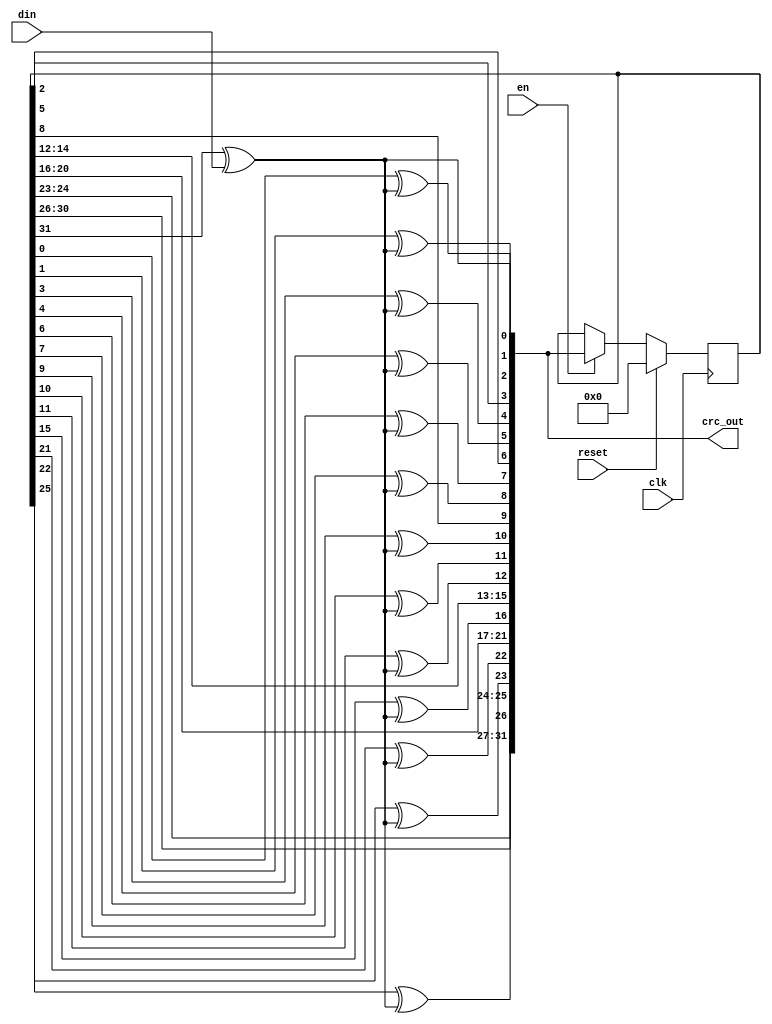
// CRC sum
//
// 0x04C11DB7  
// X^32 + X^26 + X^23 + X^22 + X16 + X^12 + X^11 + X^10 + X^8 + X^7 + X^5 + X^4 + X^2 + X + 1
//100000100110000010001110110110111

module crc_by_1bit(
  input clk,
  input reset,
  input en,
  input din,
  output [31:0] crc_out
);

reg [31:0] crc,next;
wire d;

assign crc_out = next;

always @(posedge clk) begin
    if (reset) begin
        crc <= 32'h0;
    end else begin
        crc <= en ? next : crc;
    end
end

assign d = crc[31] ^ din;
always @(*) begin
    next[ 0] <= d          ;
    next[ 1] <= crc[ 0] ^ d;
    next[ 2] <= crc[ 1] ^ d;
    next[ 3] <= crc[ 2]    ;
    next[ 4] <= crc[ 3] ^ d;
    next[ 5] <= crc[ 4] ^ d;
    next[ 6] <= crc[ 5]    ;
    next[ 7] <= crc[ 6] ^ d;
    next[ 8] <= crc[ 7] ^ d;
    next[ 9] <= crc[ 8]    ;
    next[10] <= crc[ 9] ^ d;
    next[11] <= crc[10] ^ d;
    next[12] <= crc[11] ^ d;
    next[13] <= crc[12]    ;
    next[14] <= crc[13]    ;
    next[15] <= crc[14]    ;
    next[16] <= crc[15] ^ d;
    next[17] <= crc[16]    ;
    next[18] <= crc[17]    ;
    next[19] <= crc[18]    ;
    next[20] <= crc[19]    ;
    next[21] <= crc[20]    ;
    next[22] <= crc[21] ^ d;
    next[23] <= crc[22] ^ d;
    next[24] <= crc[23]    ;
    next[25] <= crc[24]    ;
    next[26] <= crc[25] ^ d;
    next[27] <= crc[26]    ;
    next[28] <= crc[27]    ;
    next[29] <= crc[28]    ;
    next[30] <= crc[29]    ;
    next[31] <= crc[30]    ;
end

endmodule